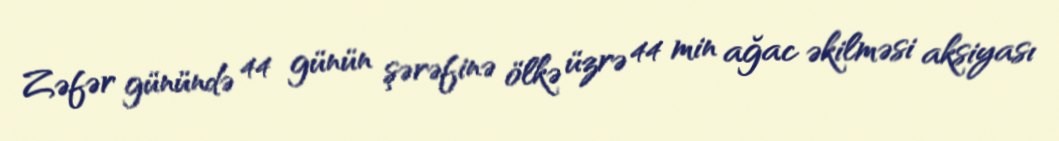
Zəfər günündə 44 günün şərəfinə ölkə üzrə 44 min ağac əkilməsi aksiyası